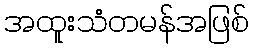
အထူးသံတမန်အဖြစ်